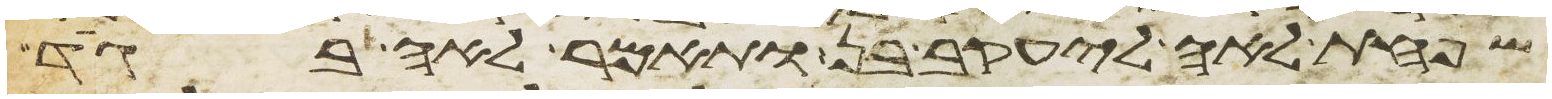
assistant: שפחת לאה ליעקב בן ותאמר לאה בגד